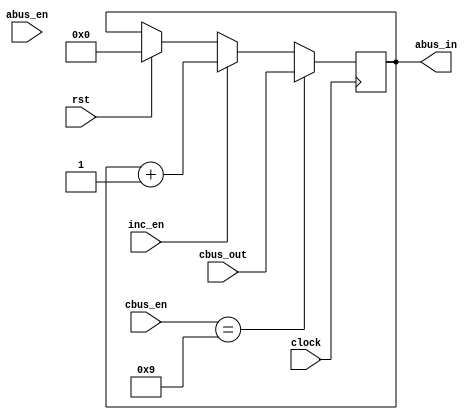
module sor(	input [31:0] cbus_out,
				input [2:0] abus_en,
				input [3:0] cbus_en,
				input rst, inc_en, clock,
				output wire [31:0] abus_in);
	
	
	reg [31:0] data;
	initial begin
		data = 0;
	end
	/*
	reg [31:0] abus;
	
	always @(posedge clock)
		begin 
			if (abus_en == 3'b001)
				abus <= data;
		end
		*/
	always @(negedge clock)
		begin
			if (rst)
				data <= 32'b0;
			if (inc_en)
				data <= data + 1;
			if (cbus_en == 4'b1001)
				data <= cbus_out; 
		end
		
	assign abus_in = data; 

endmodule